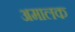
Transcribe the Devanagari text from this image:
अमालक